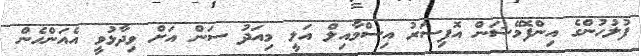
ފުލުހުންގެ އިންފޮމޭޝަން އޮފިސަރު އިސްމާއިލް އަލީ މިއަދު ސަން އަށް ވިދާޅުވީ އެއަންހެން